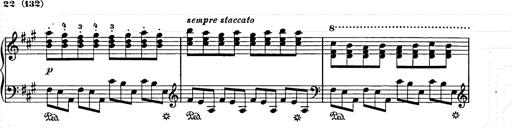
Title: Weihnachtsbaum
Composer: Franz Liszt